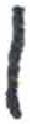
אות: ן